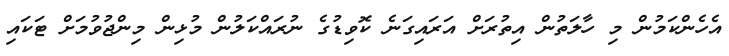
އެހެންކަމުން މި ހާލަތުން އިތުރަށް އަރައިގަނެ ކޮވިޑުގެ ނުރައްކަލުން މުޅިން މިންޖުވުމަށް ޓަކައި